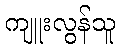
ကျူးလွန်သူ